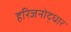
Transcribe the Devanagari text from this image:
हरिजनोद्धार